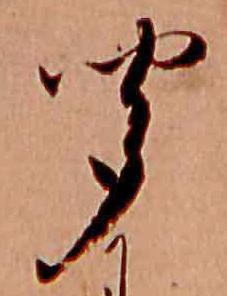
聞